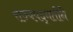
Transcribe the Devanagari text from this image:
राज्यपद्धतीने